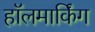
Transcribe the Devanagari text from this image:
हॉलमार्किंग